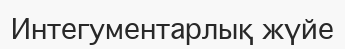
Интегументарлық жүйе